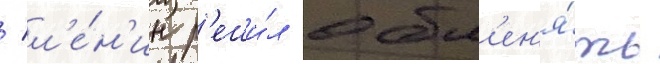
/ л'е́н'ин р'еши́л обм'ен'я́ть